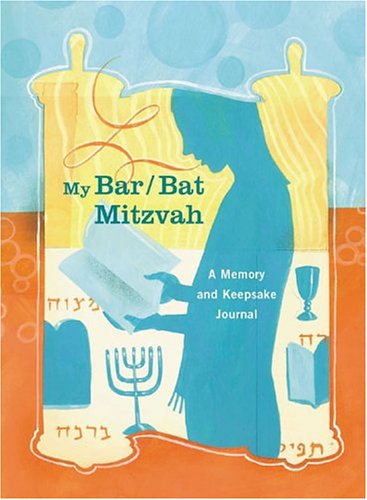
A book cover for My Bar/Bat Mitzvah: A Memory and Keepsake Journal; Edward Hoffman; Teen & Young Adult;